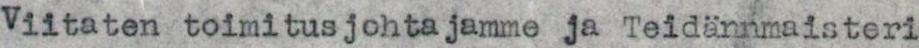
Viitaten toimitusjohtajamme ja Teidännmaisteri